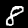
Label: 8